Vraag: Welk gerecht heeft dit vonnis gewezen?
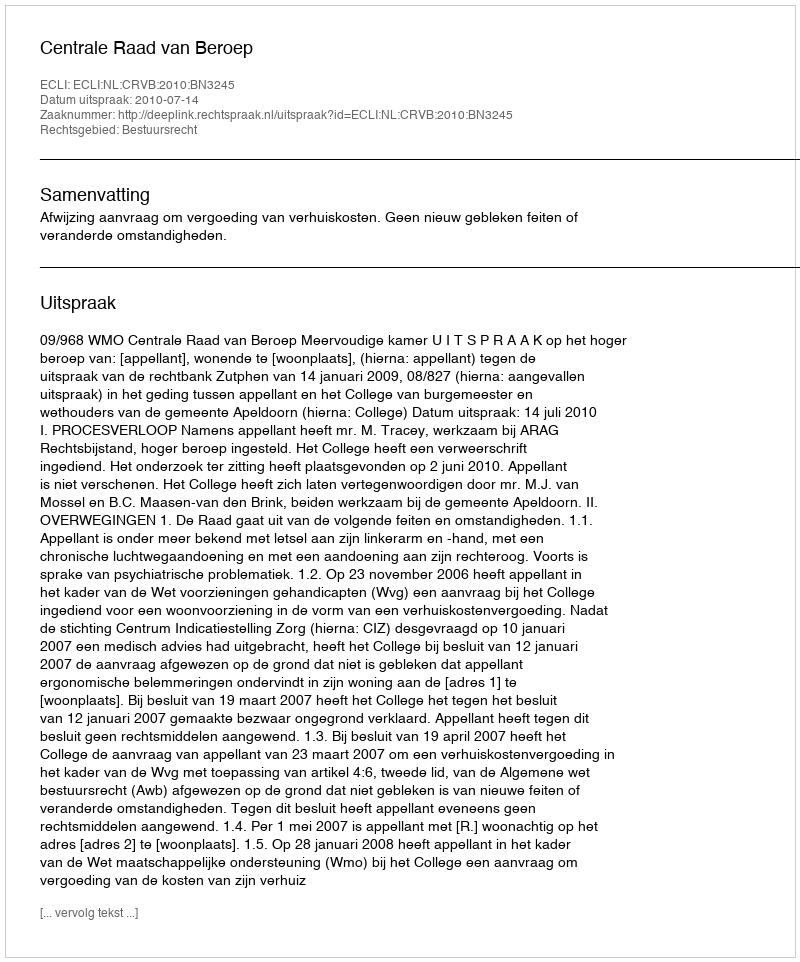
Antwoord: Centrale Raad van Beroep